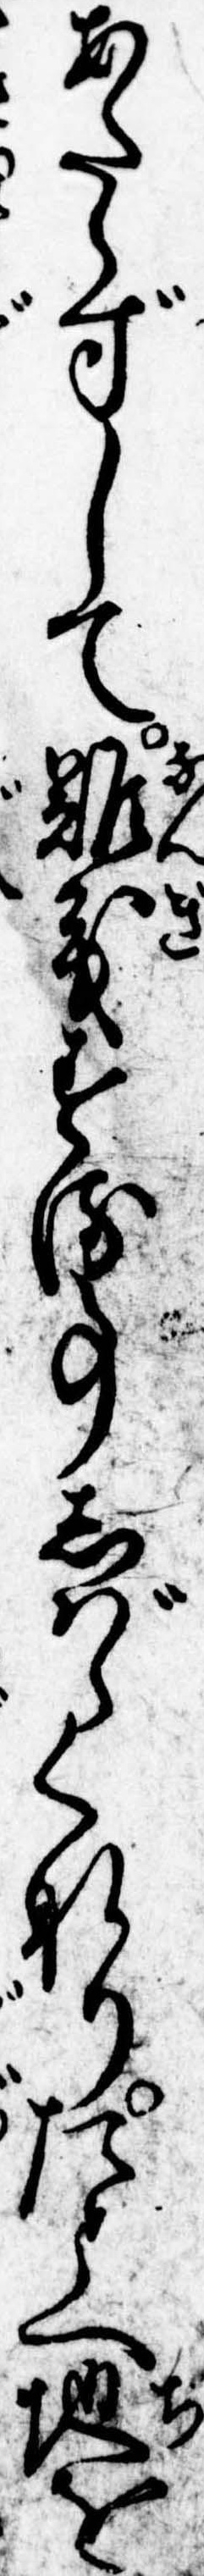
あたらずして難義する事しばらくなりたとへ地を